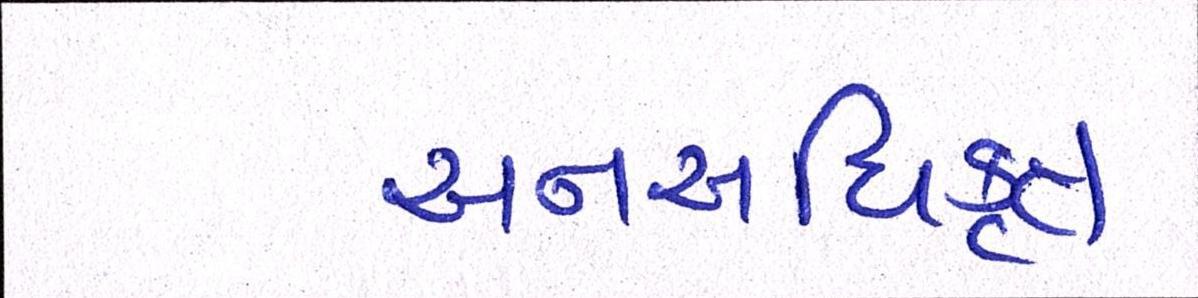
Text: અનઅધિકૃત